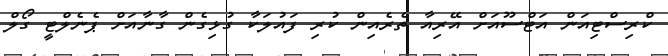
ކްރިސްޓިއަން އަޓްސޫއަށް އޭރިއާ ތެރެއިން ކުރި ފައުލަކާ ގުޅިގެން ގާނާއަށް ޕެނެލްޓީ ގޯލް